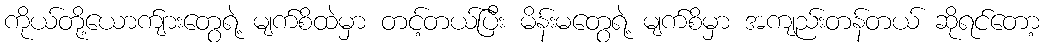
ကိုယ်တို့ယောက်ျားတွေရဲ့ မျက်စိထဲမှာ တင့်တယ်ပြီး မိန်းမတွေရဲ့ မျက်စိမှာ အကျည်းတန်တယ် ဆိုရင်တော့